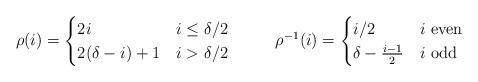
LaTeX: \begin{align*}\rho(i)&=\begin{cases} 2i & \mbox{$i\leq \delta/2$}\\2(\delta-i)+1&\mbox{$i>\delta/2$}\end{cases}&\rho^{-1}(i)&=\begin{cases} i/2 & \mbox{$i$ even}\\\delta-\frac{i-1}{2}&\mbox{$i$ odd}\end{cases}\end{align*}